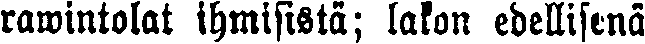
rawintolat ihmisistä; lakon edellisenä